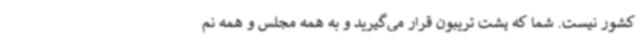
کشور نیست. شما که پشت تریبون قرار می‌گیرید و به همه مجلس و همه نم